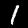
Digit: 1